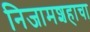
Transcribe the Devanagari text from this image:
निजामशहाचा